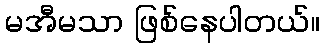
မအီမသာ ဖြစ်နေပါတယ်။